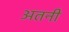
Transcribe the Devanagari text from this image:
अतनी